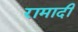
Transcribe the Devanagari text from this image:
रामादी